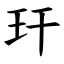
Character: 玕